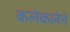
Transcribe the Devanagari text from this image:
कलेकलेने